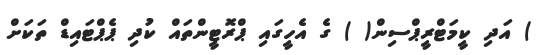
) އަދި ކީމަޓްރީޕްސިން( ) ގެ އެހީގައި ޕްރޮޓީންތައް ކުދި ޕެޕްޓައިޑް ތަކަށް